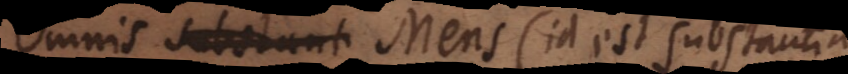
Omnis substant Mens (id est substantia